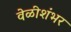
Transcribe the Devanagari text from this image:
वेळीशंभर